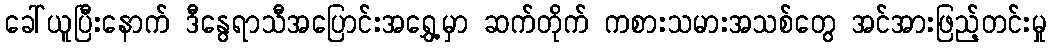
ခေါ်ယူပြီးနောက် ဒီနွေရာသီအပြောင်းအရွှေ့မှာ ဆက်တိုက် ကစားသမားအသစ်တွေ အင်အားဖြည့်တင်းမှု